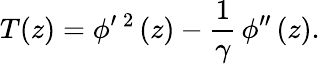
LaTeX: T(z)=\phi^{\prime}\, ^{2}\, (z)-\frac{1}{\gamma}\, \phi^{\prime\prime}\, (z).